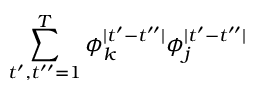
\sum _ { t ^ { \prime } , t ^ { \prime \prime } = 1 } ^ { T } \phi _ { k } ^ { \mid t ^ { \prime } - t ^ { \prime \prime } \mid } \phi _ { j } ^ { \mid t ^ { \prime } - t ^ { \prime \prime } \mid }